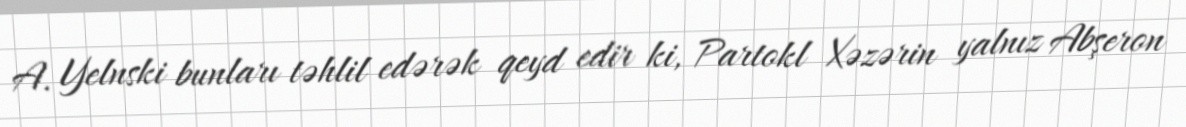
A. Yelnski bunları təhlil edərək qeyd edir ki, Partokl Xəzərin yalnız Abşeron